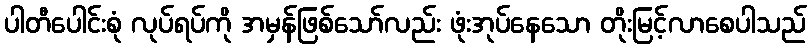
ပါတီပေါင်းစုံ လုပ်ရပ်ကို အမှန်ဖြစ်သော်လည်း ဖုံးအုပ်နေသော တိုးမြင့်လာစေပါသည်